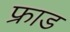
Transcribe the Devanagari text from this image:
फ्राड